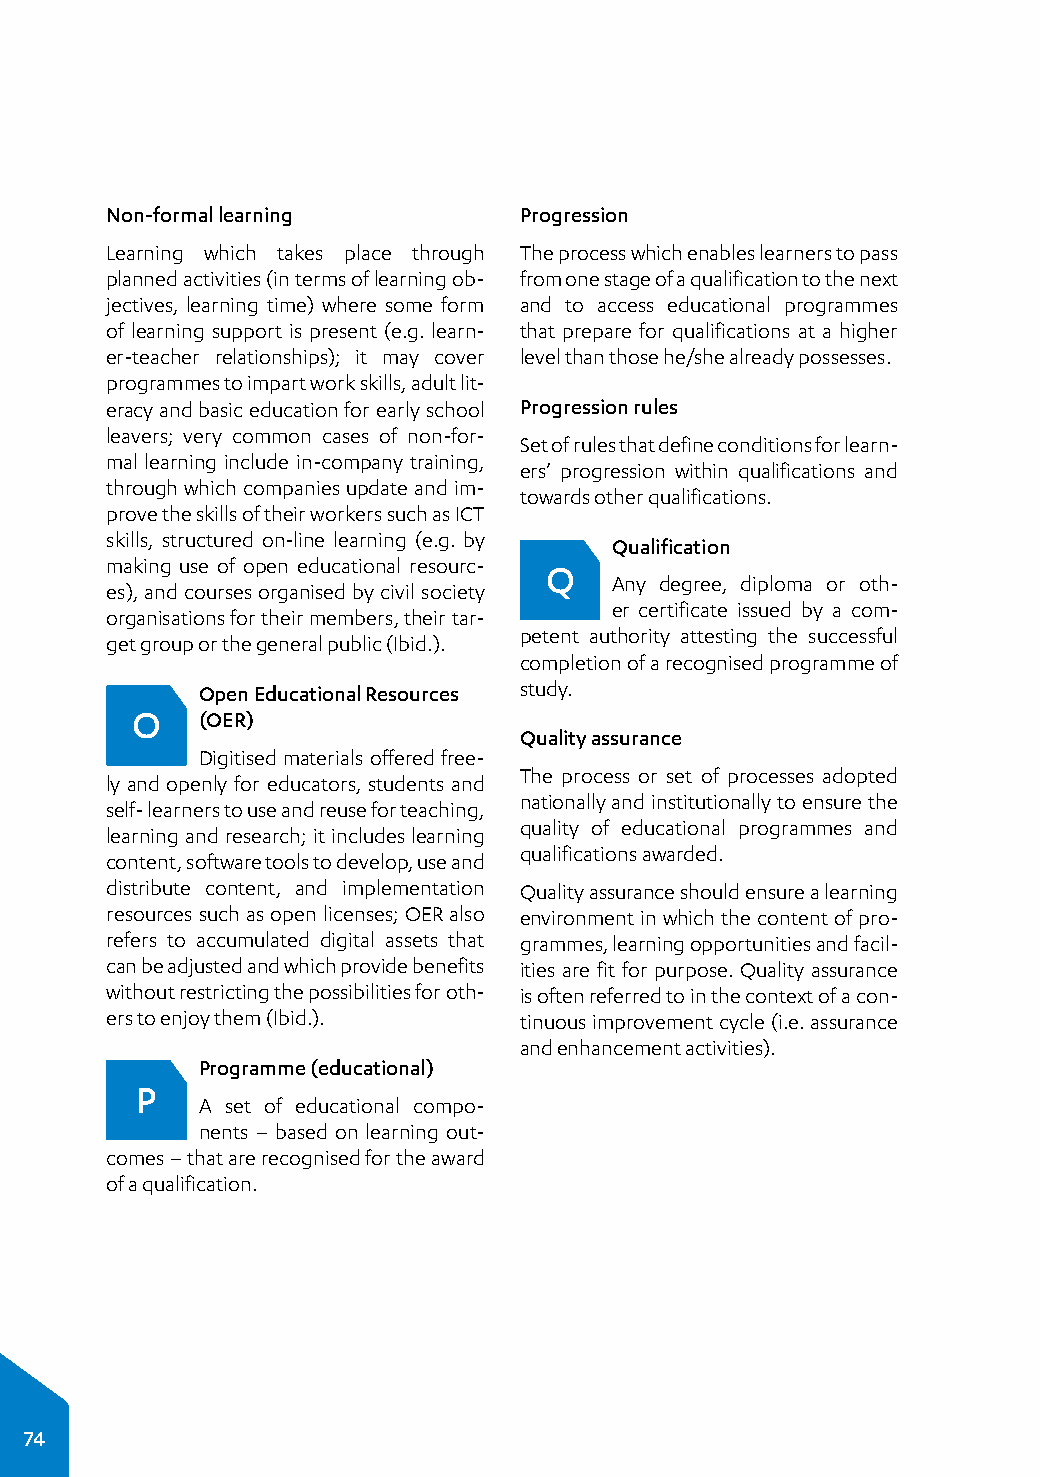
Non-formal learning        Progression
 Learning which takes place through The process which enables learners to pass
 planned activities (in terms of learning ob­ from one stage of a qualification to the next
 jectives, learning time) where some form and to access educational programmes
 of learning support is present (e.g. learn­ that prepare for qualifications at a higher
 er-teacher relationships); it may cover level than those he/she already possesses.
 programmes to impart work skills, adult lit­
 eracy and basic education for early school Progression rules
 leavers; very common cases of non-for­
 Set of rules that define conditions for learn­
 mal learning include in-company training,
 ers’ progression within qualifications and
 through which companies update and im­
 towards other qualifications.
 prove the skills of their workers such as ICT
 skills, structured on-line learning (e.g. by
 Qualification
 making use of open educational resourc­ Q
 Any degree, diploma or oth­
 es), and courses organised by civil society
 er certificate issued by a com­
 organisations for their members, their tar­
 petent authority attesting the successful
 get group or the general public (Ibid.).
 completion of a recognised programme of
 Open Educational Resources study.
 O   (OER)
 Quality assurance
 Digitised materials offered free­
 The process or set of processes adopted
 ly and openly for educators, students and
 nationally and institutionally to ensure the
 self- learners to use and reuse for teaching,
 quality of educational programmes and
 learning and research; it includes learning
 qualifications awarded.
 content, software tools to develop, use and
 distribute content, and implementation Quality assurance should ensure a learning
 resources such as open licenses; OER also environment in which the content of pro­
 refers to accumulated digital assets that grammes, learning opportunities and facil­
 can be adjusted and which provide benefits ities are fit for purpose. Quality assurance
 without restricting the possibilities for oth­ is often referred to in the context of a con­
 ers to enjoy them (Ibid.). tinuous improvement cycle (i.e. assurance
 and enhancement activities).
 Programme (educational)
 P
 A set of educational compo­
 nents – based on learning out­
 comes – that are recognised for the award
 of a qualification.
 74